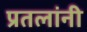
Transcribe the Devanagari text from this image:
प्रतलांनी